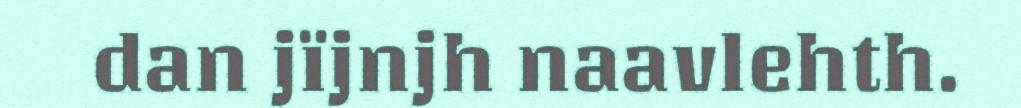
dan jïjnjh naavlehth.